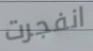
انفجرت